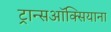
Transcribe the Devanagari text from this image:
ट्रान्सऑक्सियाना